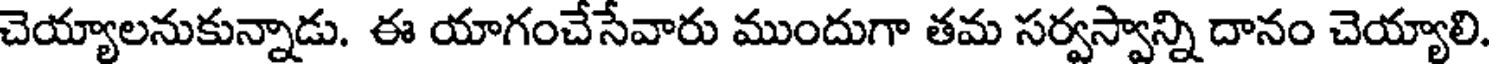
చెయ్యాలనుకున్నాడు. ఈ యాగంచేసేవారు ముందుగా తమ సర్వస్వాన్ని దానం చెయ్యాలి